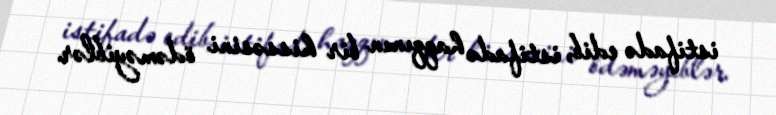
istifadə edib, istifadə haqqının bir hissəsini ödəməyiblər.